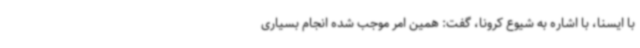
با ایسنا، با اشاره به شیوع کرونا، گفت: همین امر موجب شده انجام بسیاری